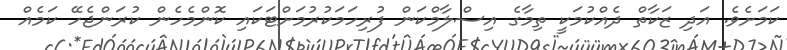
ކަމަށެވެ. އަދި ޒަކާތް ދެއްކުމަކީ ތިމާގެ އިސްލާމްކަން ފުރިހަމަކުރުމަށްޓަކައި ކޮންމެހެން ކުރަންޖެހޭ ކަމެއް